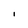
Character: l